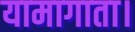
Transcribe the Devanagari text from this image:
यामागाता।